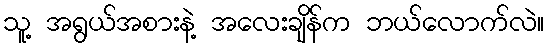
သူ့ အရွယ်အစားနဲ့ အလေးချိန်က ဘယ်လောက်လဲ။